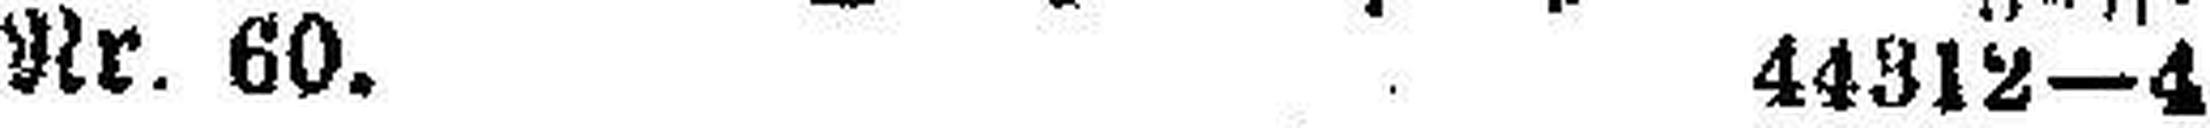
Nr. 60. 44312—4